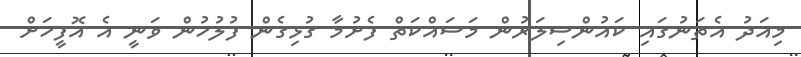
މިއަދު އެތަނުގައި ކައުންސިލަރުން މަސައްކަތް ފެށުމާ ގުޅިގެން ފުލުހުން ވަނީ އެ އޮފީހަށް